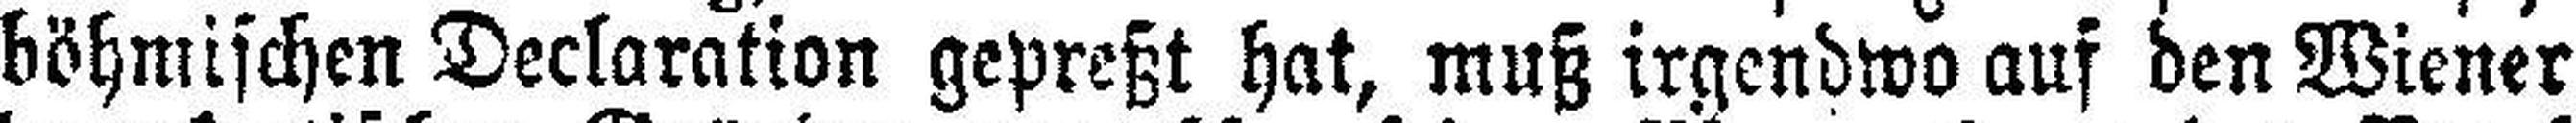
böhmischen Declaration gepreßt hat, muß irgendwo auf den Wiener